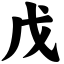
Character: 戊